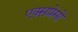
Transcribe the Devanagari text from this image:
एक्सप्रेसो